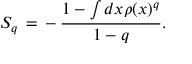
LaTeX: S _ { q } \, = \, - \, \frac { 1 - \int d x \rho ( x ) ^ { q } } { 1 - q } .